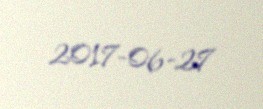
2017-06-27